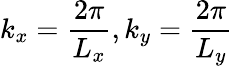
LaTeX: k_{x}=\frac{2\pi}{L_{x}},k_{y}=\frac{2\pi}{L_{y}}